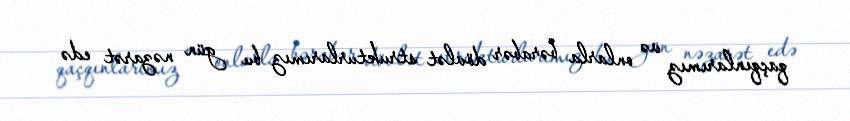
qaçqınlarımız və onlarla bərabər dövlət strukturlarımız bu gün nəzarət edə